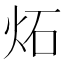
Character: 炻